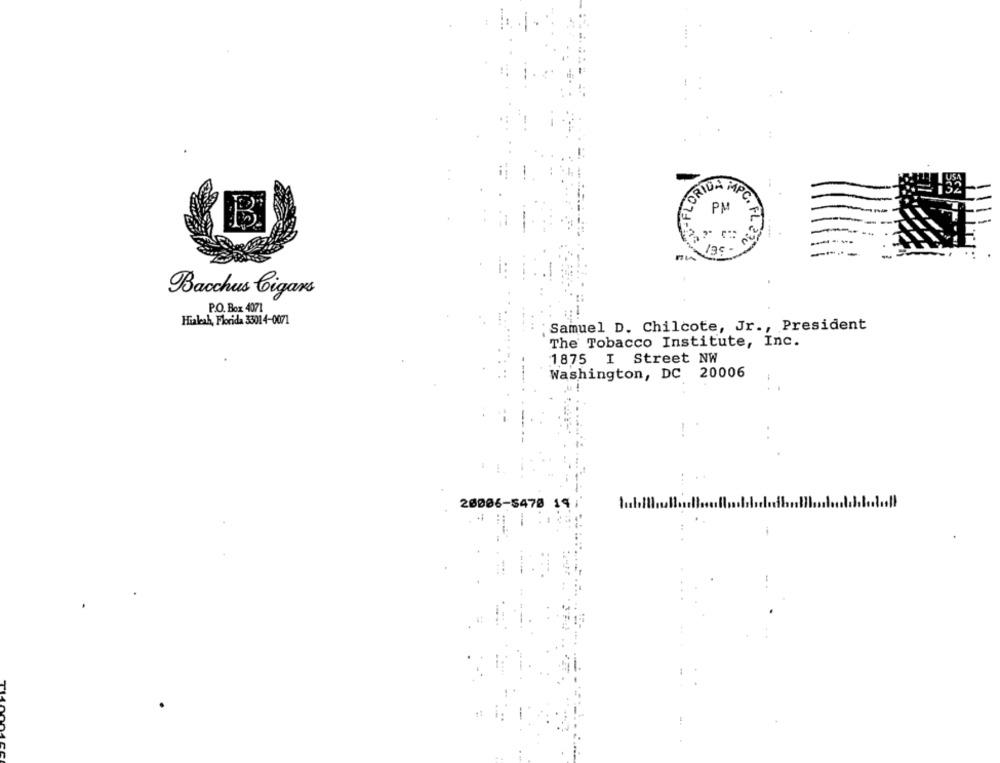
ORIDAR
À MPC
PM
1.1
Bacchus Cigars
P.O. Box 4071
Hialeah, Florida 33014-0071
Samuel D. Chilcote, Jr ., President
The Tobacco Institute, Inc.
1875 I Street NW
Washington, DC 20006
20006-5478 14